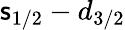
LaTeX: \mathsf{s}_{1/2}-d_{3/2}